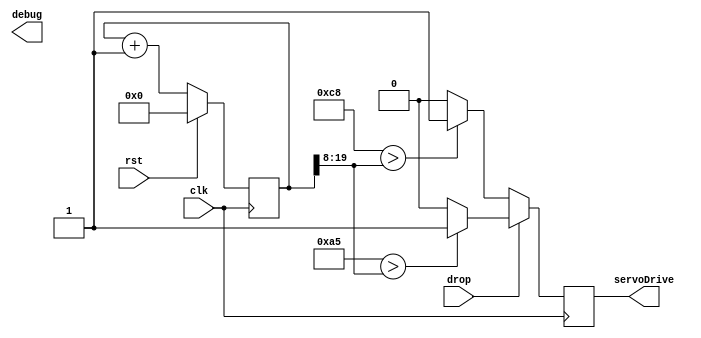
//////////////////////////////////////////////////////////////////////////////////
// Company: 
// Engineer: 
// 
// Design Name: 
// Module Name:    Data_Controller 
// Project Name: 
// Target Devices: 
// Tool versions: 
// Description: 
//
// Dependencies: 
//
// Revision: 
// Revision 0.01 - File Created
// Additional Comments: 
//
//////////////////////////////////////////////////////////////////////////////////
module Bomb_Dropper(
	output reg [7:0] debug,
	input drop,
	output servoDrive,
	input rst,
	input clk
    );
	 
reg pwm_d, pwm_q;
reg [19:0] ctr_d, ctr_q;
 
assign servoDrive = pwm_q;
 
always @(*) begin
	ctr_d = ctr_q + 1'b1;
	if(drop == 1'b1) begin
		if (9'd165 > ctr_q[19:8])
			pwm_d = 1'b1;
		else
			pwm_d = 1'b0;
	end else begin	 
		if (9'd200 > ctr_q[19:8])
			pwm_d = 1'b1;
		else
			pwm_d = 1'b0;
	end
end
 
always @(posedge clk) begin
    if (rst) begin
        ctr_q <= 1'b0;
    end else begin
        ctr_q <= ctr_d;
    end
 
    pwm_q <= pwm_d;
end
 
endmodule